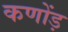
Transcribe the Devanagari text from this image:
कणोंड़